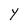
Character: Y